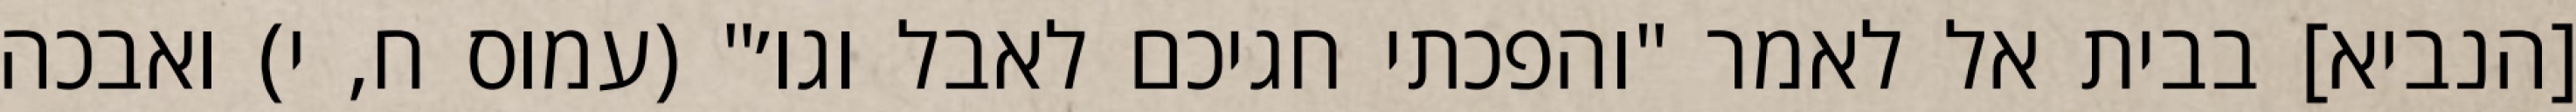
[הנביא] בבית אל לאמר "והפכתי חגיכם לאבל וגו׳" (עמוס ח, י) ואבכה